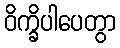
ဝိက္ခိပါပေတွာ